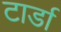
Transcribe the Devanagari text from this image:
टार्डा